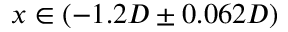
x \in ( - 1 . 2 D \pm 0 . 0 6 2 D )